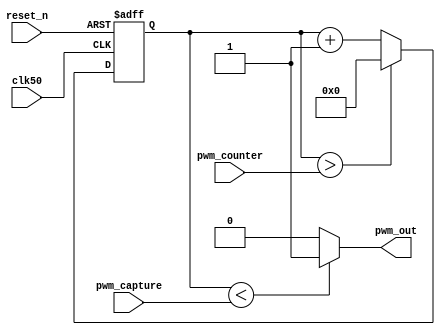
module pwm_gen(
    clk50,
    reset_n,
    pwm_counter,
    pwm_capture,
    pwm_out
);

input clk50;
input reset_n;
input [31:0] pwm_capture;
input [31:0] pwm_counter;
output pwm_out;


reg [31:0] count;

always @(posedge clk50 or negedge reset_n) begin
    if (!reset_n) begin
        count <= 32'hFFFFFFFF;
    end
    else begin
        if (count > pwm_counter) begin
            count <= 0;
        end
        else begin
            count <= count + 1;    
        end
    end
end

assign pwm_out = (count < pwm_capture) ? 1 : 0;

endmodule